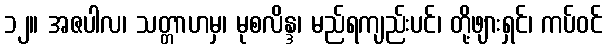
၁၂။ အဇပါလ၊ သတ္တာဟမှ၊ မုစလိန္ဒ၊ မည်ရကျည်းပင်၊ တို့ဖျားရှင်၊ ကပ်ဝင်